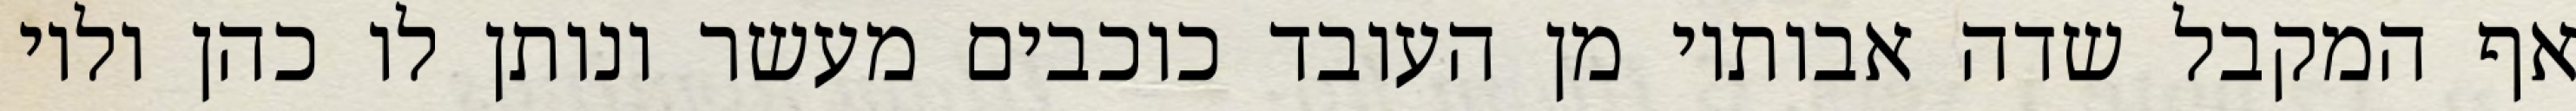
אף המקבל שדה אבותיו מן העובד כוכבים מעשר ונותן לו כהן ולוי